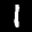
Label: 1